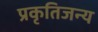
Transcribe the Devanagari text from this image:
प्रकृतिजन्य